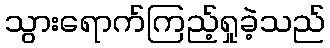
သွားရောက်ကြည့်ရှုခဲ့သည်